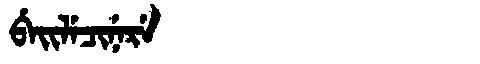
Manchu: ᠪᡝᡳᠯᡝᠴᡳᠨᡝᡵᡝ
Romanization: BEILECINERE